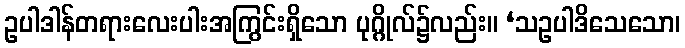
ဥပါဒါန်တရားလေးပါးအကြွင်းရှိသော ပုဂ္ဂိုလ်၌လည်း။ ‘သဥပါဒိသေသော၊